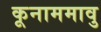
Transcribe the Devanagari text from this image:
कूनाममावु